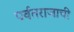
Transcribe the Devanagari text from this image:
पर्वतराजाची